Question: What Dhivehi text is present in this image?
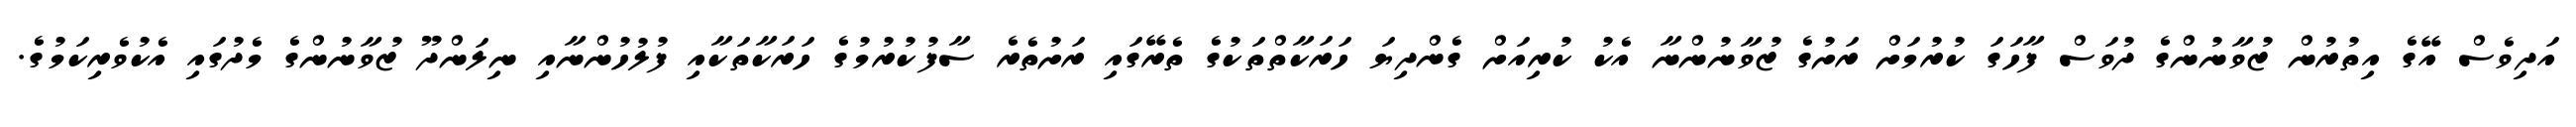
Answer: އަދިވެސް އޭގެ އިތުރުން ޒުވާނުންގެ ދުވަސް ފާހަގަ ކުރުމަށް ރަށުގެ ޒުވާނުންނާ އެކު ކުރިއަށް ގެންދިޔަ ހަރަކާތްތަކުގެ ތެރޭގައި ރަށުތެރެ ސާފުކުރުމުގެ ހަރަކާތަކާއި ފުލުހުންނާއި ނިލަންދޫ ޒުވާނުންގެ މެދުގައި އެކުވެރިކަމުގެ.